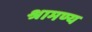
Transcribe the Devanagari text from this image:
श्रामण्य